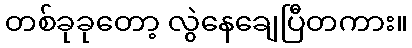
တစ်ခုခုတော့ လွဲနေချေပြီတကား။